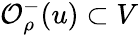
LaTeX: \mathcal{O}_{\rho}^{-}(u)\subset V